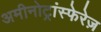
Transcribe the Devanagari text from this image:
अमीनोट्रांस्फेरेज़